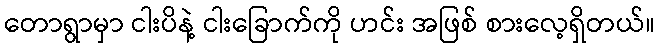
တောရွာမှာ ငါးပိနဲ့ ငါးခြောက်ကို ဟင်း အဖြစ် စားလေ့ရှိတယ်။